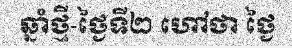
ឆ្នាំថ្មី-ថ្ងៃទី២ ហៅថា ថ្ងៃ